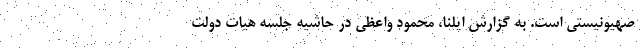
صهیونیستی است. به گزارش ایلنا، محمود واعظی در حاشیه جلسه هیات دولت